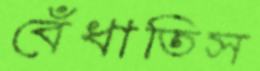
বেঁধাতিস